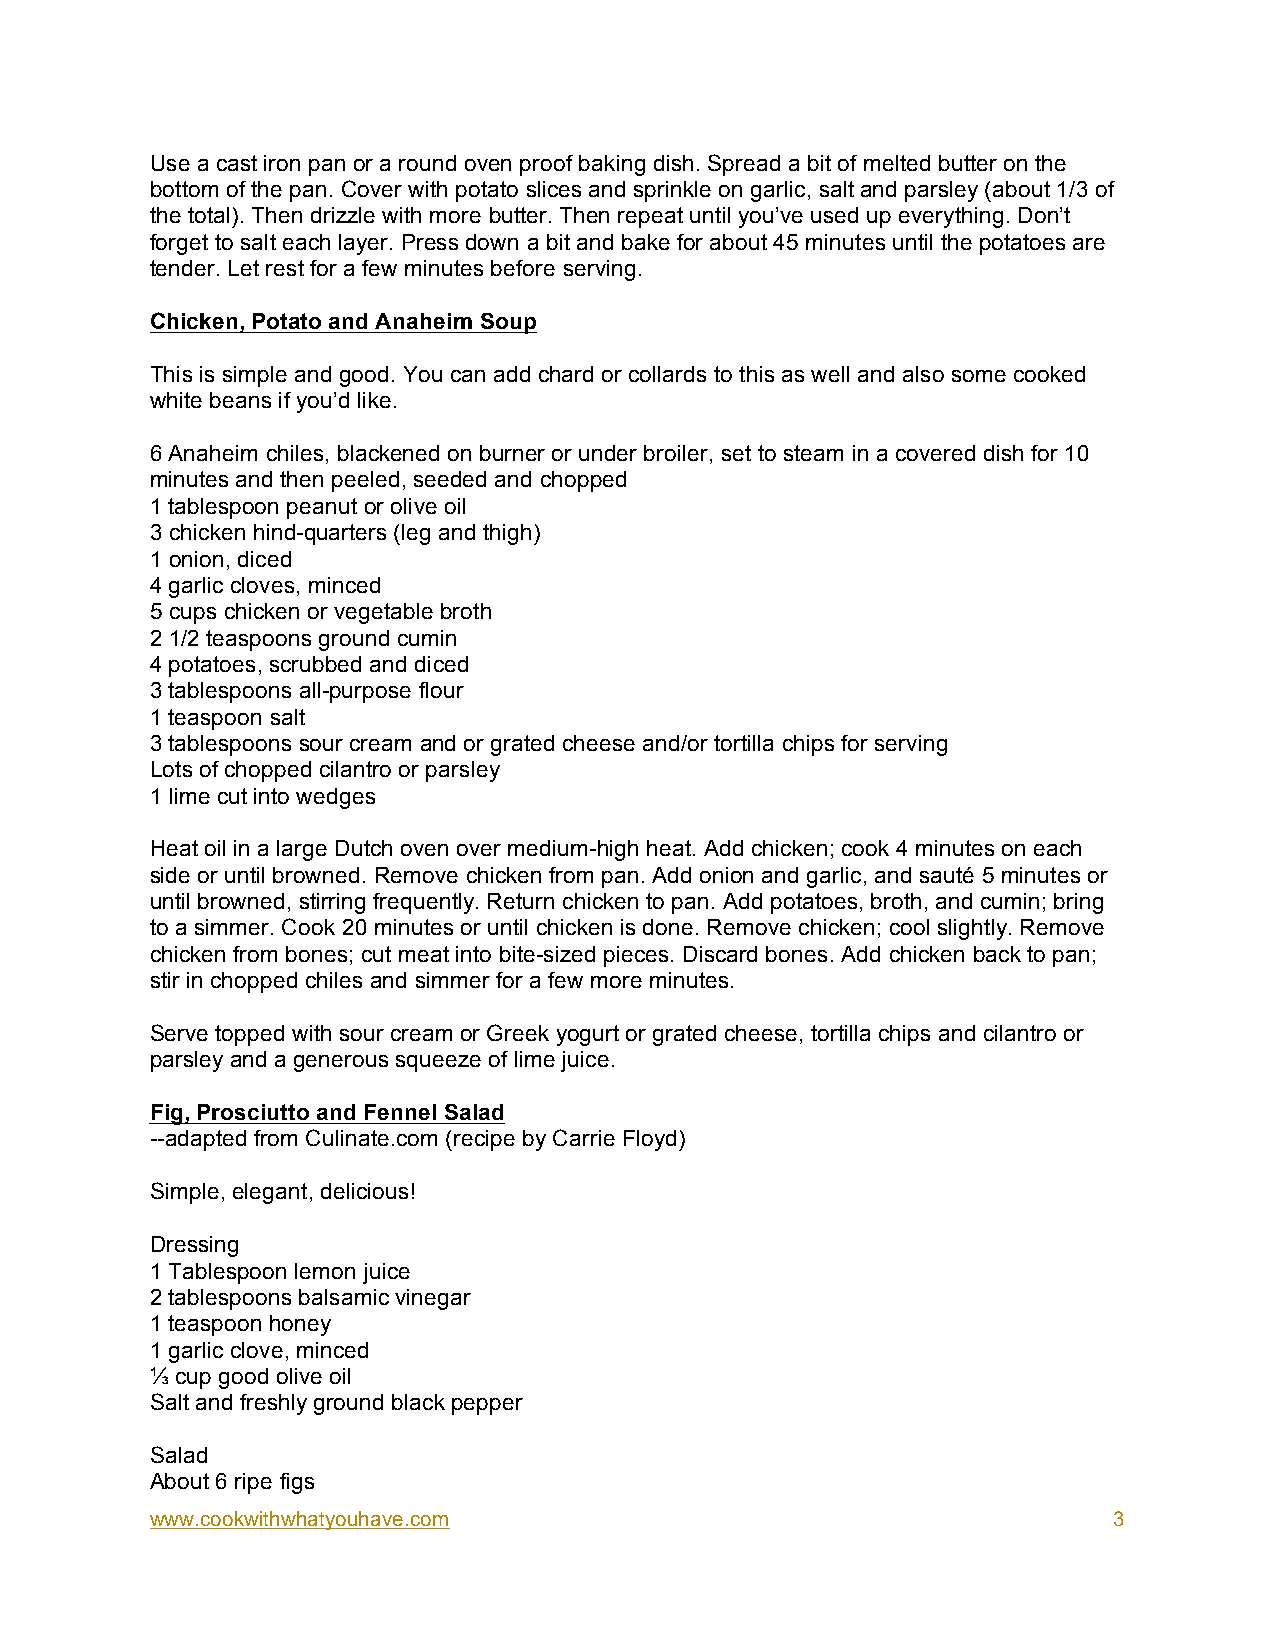
Use a cast iron pan or a round oven proof baking dish. Spread a bit of melted butter on the
 bottom of the pan. Cover with potato slices and sprinkle on garlic, salt and parsley (about 1/3 of
 the total). Then drizzle with more butter. Then repeat until you’ve used up everything. Don’t
 forget to salt each layer. Press down a bit and bake for about 45 minutes until the potatoes are
 tender. Let rest for a few minutes before serving.
 Chicken, Potato and Anaheim Soup
 This is simple and good. You can add chard or collards to this as well and also some cooked
 white beans if you’d like.
 6 Anaheim chiles, blackened on burner or under broiler, set to steam in a covered dish for 10
 minutes and then peeled, seeded and chopped
 1 tablespoon peanut or olive oil
 3 chicken hind-quarters (leg and thigh)
 1 onion, diced
 4 garlic cloves, minced
 5 cups chicken or vegetable broth
 2 1/2 teaspoons ground cumin
 4 potatoes, scrubbed and diced
 3 tablespoons all-purpose flour
 1 teaspoon salt
 3 tablespoons sour cream and or grated cheese and/or tortilla chips for serving
 Lots of chopped cilantro or parsley
 1 lime cut into wedges
 Heat oil in a large Dutch oven over medium-high heat. Add chicken; cook 4 minutes on each
 side or until browned. Remove chicken from pan. Add onion and garlic, and sauté 5 minutes or
 until browned, stirring frequently. Return chicken to pan. Add potatoes, broth, and cumin; bring
 to a simmer. Cook 20 minutes or until chicken is done. Remove chicken; cool slightly. Remove
 chicken from bones; cut meat into bite-sized pieces. Discard bones. Add chicken back to pan;
 stir in chopped chiles and simmer for a few more minutes.
 Serve topped with sour cream or Greek yogurt or grated cheese, tortilla chips and cilantro or
 parsley and a generous squeeze of lime juice.
 Fig, Prosciutto and Fennel Salad
 --adapted from Culinate.com (recipe by Carrie Floyd)
 Simple, elegant, delicious!
 Dressing
 1 Tablespoon lemon juice
 2 tablespoons balsamic vinegar
 1 teaspoon honey
 1 garlic clove, minced
 ⅓ cup good olive oil
 Salt and freshly ground black pepper
 Salad
 About 6 ripe figs
 www.cookwithwhatyouhave.com                                     3